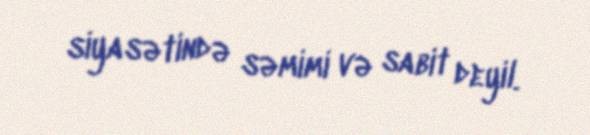
siyasətində səmimi və sabit deyil.